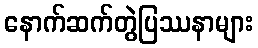
နောက်ဆက်တွဲပြဿနာများ